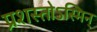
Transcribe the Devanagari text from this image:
प्रशस्तोऽस्मिन्